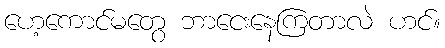
ဟေ့ကောင်မတွေ ဘာငေးနေကြတာလဲ ဟင်။